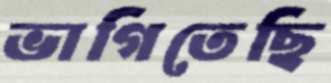
ভাগিতেছি